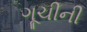
ગૂચીની